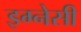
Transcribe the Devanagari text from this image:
इग्नेसी